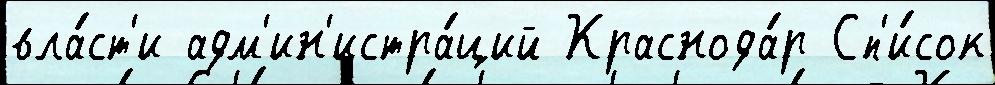
вла́ст'и адм'ин'истра́ций Краснода́р Сп'и́сок